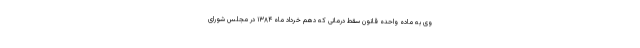
وی به ماده واحده قانون سقط درمانی که دهم خرداد ماه ۱۳۸۴ در مجلس شورای